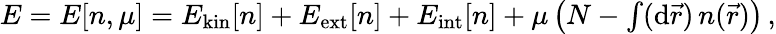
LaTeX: \begin{array}{r}{E=E[n,\mu]=E_{\mathrm{kin}}[n]+E_{\mathrm{ext}}[n]+E_{\mathrm{int}}[n]+\mu\left(N-\int(\mathrm{d}\vec{r})\, n(\vec{r})\right)\, ,}\end{array}